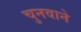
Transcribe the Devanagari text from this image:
चुनवाने